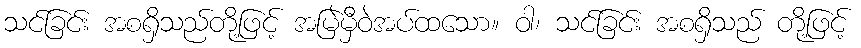
သင်ခြင်း အစရှိသည်တို့ဖြင့် အမြဲမှီဝဲအပ်ထသော။ ဝါ၊ သင်ခြင်း အစရှိသည် တို့ဖြင့်